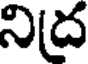
నిద్ర